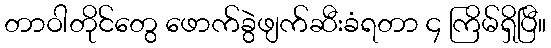
တာဝါတိုင်တွေ ဖောက်ခွဲဖျက်ဆီးခံရတာ ၄ ကြိမ်ရှိပြီ။